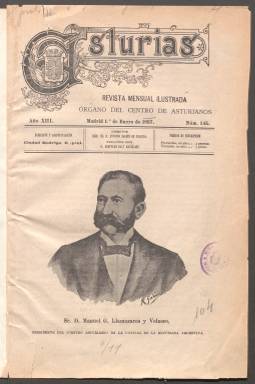
Título: Asturias (Madrid. 1884)
Colección: Revistas de información general
Ámbito geográfico: Madrid
Lugar de publicación: Madrid
Fechas: 01/01/1897-30/09/1920